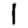
Digit: 1